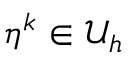
\eta ^ { k } \in \mathcal { U } _ { h }